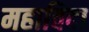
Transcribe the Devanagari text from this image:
महाविदा